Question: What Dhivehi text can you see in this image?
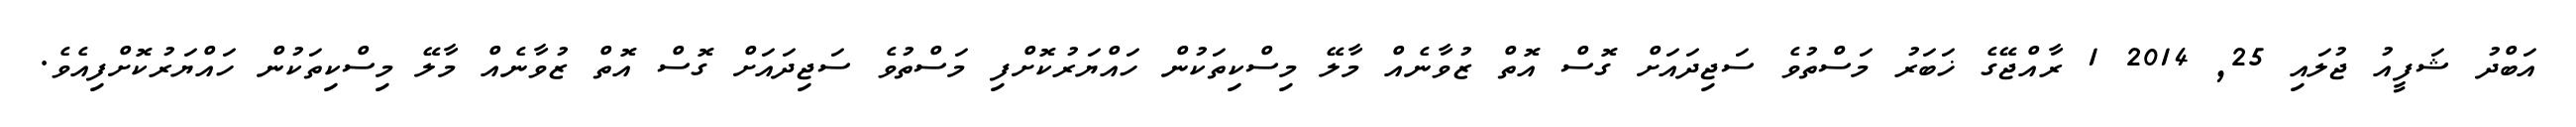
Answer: އަބްދު ޝަފީއު ޖުލައި 25, 2014 1 ރާއްޖޭގެ ޚަބަރު މަސްތުވެ ސަޖިދައަށް ގޮސް އޮތް ޒުވާނެއް މާލޭ މިސްކިތަކުން ހައްޔަރުކޮށްފި މަސްތުވެ ސަޖިދައަށް ގޮސް އޮތް ޒުވާނެއް މާލޭ މިސްކިތަކުން ހައްޔަރުކޮށްފިއެވެ.